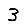
Digit: 3